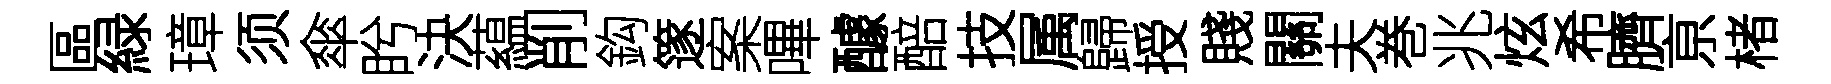
區緑璋须傘盻決藴削鈎篴案嗶醵醅技属歸授賤關夫巻兆炫希臍亰楮